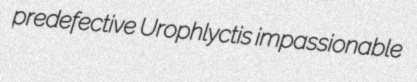
predefective Urophlyctis impassionable